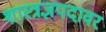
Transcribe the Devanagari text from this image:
शास्त्रज्ञपदावर